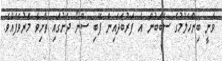
ވަނީ ބިންހެލުމުގެ ސަބަބުން އެ ފަރުބަދައިން ފޭބި ސްނޯ ދަށުގައި ތާށިވެ މަރުވެފައެވެ.